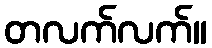
တလက်လက်။